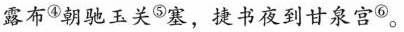
露布^{④}朝驰玉关^{⑤}塞，捷书夜到甘泉宫^{⑥}。